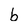
Character: b